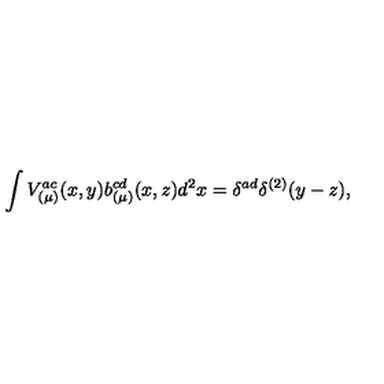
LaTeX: \int V _ { ( \mu ) } ^ { a c } ( x , y ) b _ { ( \mu ) } ^ { c d } ( x , z ) d ^ { 2 } x = \delta ^ { a d } \delta ^ { ( 2 ) } ( y - z ) ,